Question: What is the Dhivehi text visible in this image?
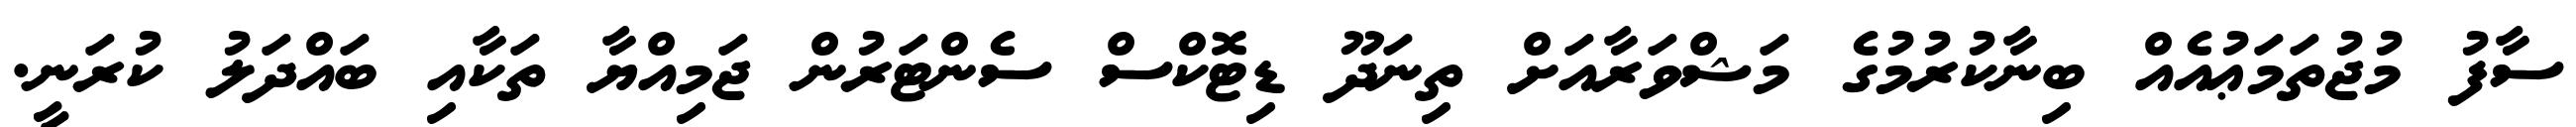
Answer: ސާފު މުޖުތަމަޢުއެއް ބިނާކުރުމުގެ މަޝްވަރާއަށް ތިނަދޫ ޑިޓޮކްސް ސެންޓަރުން ޖަމިއްޔާ ތަކާއި ބައްދަލު ކުރަނީ.